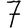
Digit: 7